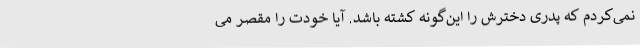
نمی‌کردم که پدری دخترش را این‌گونه کشته باشد. آیا خودت را مقصر می